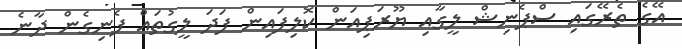
އޭގެ ތެރޭގައި ސްޕެނިޝް ލީގާއި ޔޫރަޕިއަން ކޮލިފައިން ފަދަ ލީގުތައް ފެނިގެން ދާނެ